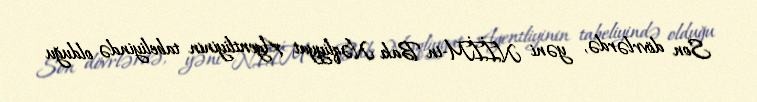
Son dövrlərdə, yəni NİİM-in Bakı Nəqliyyat Agentliyinin tabeliyində olduğu